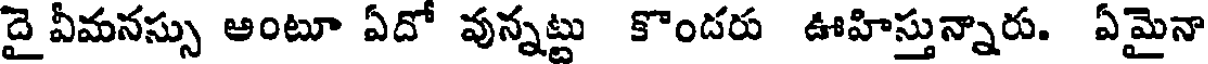
దై వీమనస్సు ఆంటూ ఏదో వున్నట్టు కొండరు ఊహిస్తున్నారు. ఏమైనా